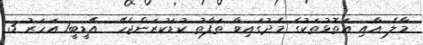
މާލެ އާއި އަތޮޅުތަކުގެ މެދުގައިވާ ތަފާތު ކުޑަކުރަންޖެހޭ  އޭޑީބީ1 އަހަރު 3